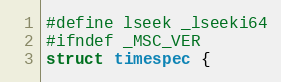
Language: C
#define lseek _lseeki64
#ifndef _MSC_VER
struct timespec {